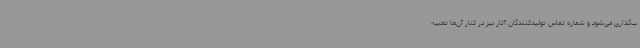
ب‌گذاری می‌شود و شماره‌ تماس تولیدکنندگان آثار نیز در کنار آن‌ها تعبیه